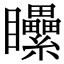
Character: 𥍔